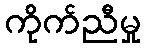
ကိုက်ညီမှု